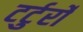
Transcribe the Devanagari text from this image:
टर्टुर्रो